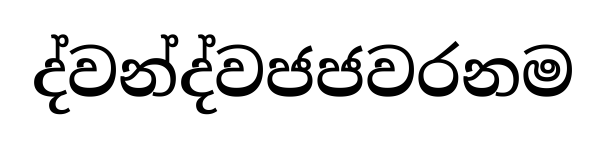
ද්වන්ද්වජජවරනම